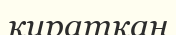
кираткан